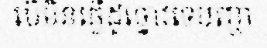
បើមិនធ្វើដូច្នោះទេបញ្ហា